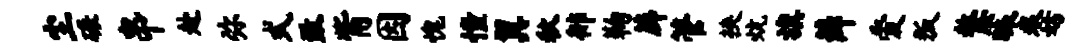
尘碾串赴弥式致觜因愧憧翼秋徘鞠薜管挟炕旗薛爱叛嫠昧痕妨